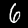
Label: 6